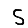
Digit: 5